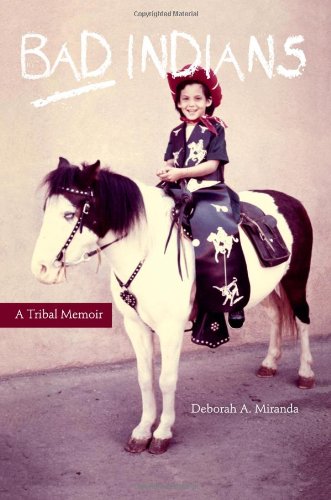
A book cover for Bad Indians: A Tribal Memoir; Deborah A. Miranda; Biographies & Memoirs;